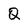
Character: Q